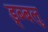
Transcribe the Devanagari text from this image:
ड्ब्बलु